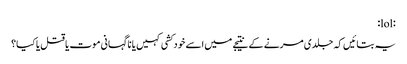
:lol:
یہ بتائیں کہ جلدی مرنے کے نتیجے میں اسے خود کشی کہیں یا نا گہانی موت یا قتل یا کیا؟